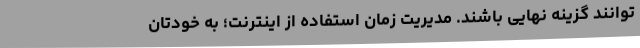
‌توانند گزینه نهایی باشند. مدیریت زمان استفاده از اینترنت؛ به خودتان